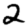
Digit: 2